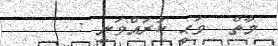
މާތް  ވަޙީ ކުރައްވަނީ :